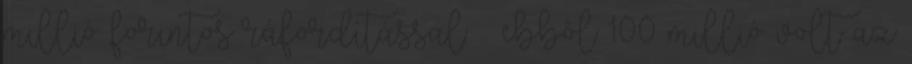
millió forintos ráfordítással – ebbôl 100 millió volt az